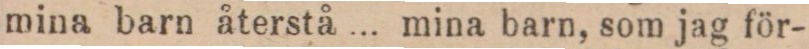
mina barn återstå ... mina barn, som jag för-